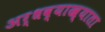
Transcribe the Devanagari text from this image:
अर्धव्याख्याता